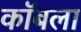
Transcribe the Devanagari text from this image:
कॉबला